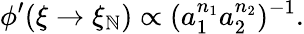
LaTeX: \phi^{\prime}(\xi\rightarrow\xi_{\mathbb{N}})\propto(a_{1}^{n_{1}}a_{2}^{n_{2}})^{-1}.